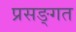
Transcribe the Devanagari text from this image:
प्रसङ्गत